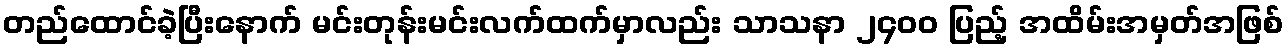
တည်ထောင်ခဲ့ပြီးနောက် မင်းတုန်းမင်းလက်ထက်မှာလည်း သာသနာ ၂၄၀၀ ပြည့် အထိမ်းအမှတ်အဖြစ်